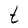
Character: t